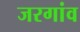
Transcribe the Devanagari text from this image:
जरगांव